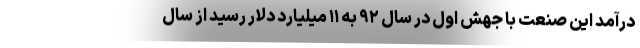
درآمد این صنعت با جهش اول در سال ۹۲ به ۱۱ میلیارد دلار رسید از سال